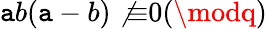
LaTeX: \mathtt{a}b(\mathtt{a}-b)\not{\equiv}0(\modq)